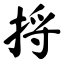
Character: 捋